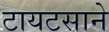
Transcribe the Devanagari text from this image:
टायटसाने